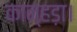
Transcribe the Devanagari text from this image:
कान्हड़ा।